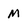
Character: M